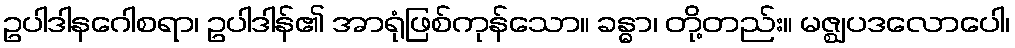
ဥပါဒါနဂေါစရာ၊ ဥပါဒါန်၏ အာရုံဖြစ်ကုန်သော။ ခန္ဓာ၊ တို့တည်း။ မဇ္ဈပဒလောပေါ၊